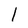
Character: l